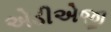
એડીએજી